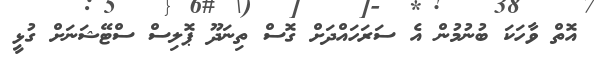
އޮތް ވާހަކަ ބުނުމުން އެ ސަރަހައްދަށް ގޮސް ތިނަދޫ ޕޮލިސް ސްޓޭޝަނަށް ގުޅީ